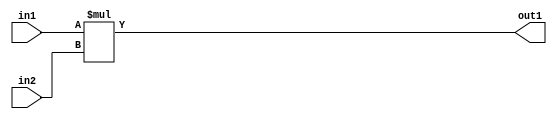
`timescale 1ps / 1ps
/*****************************************************************************
    Verilog RTL Description
    
    
    Created by: Stratus DpOpt 2019.1.01 
*******************************************************************************/

module GaussFilter_Mul_32Ux32U_32U_4 (
	in2,
	in1,
	out1
	); /* architecture "behavioural" */ 
input [31:0] in2,
	in1;
output [31:0] out1;
wire [31:0] asc001;

assign asc001 = 
	+(in1 * in2);

assign out1 = asc001;
endmodule

/* CADENCE  urnyTA0= : u9/ySgnWtBlWxVPRXgAZ4Og= ** DO NOT EDIT THIS LINE ******/